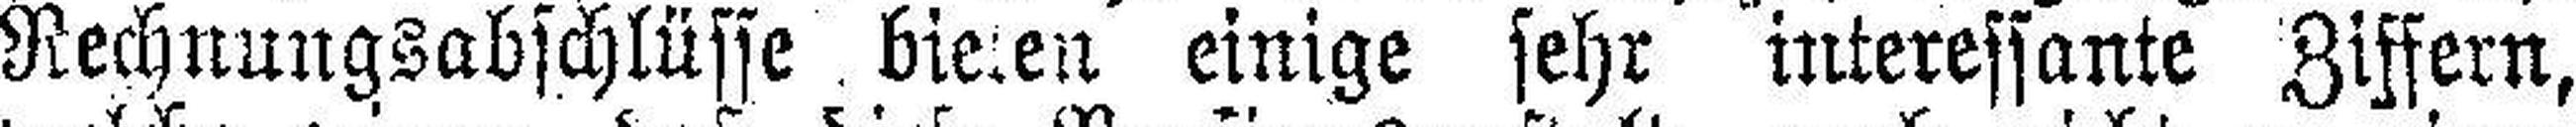
Rechnungsabschlüsse , bie###en einige sehr interessante Ziffern,